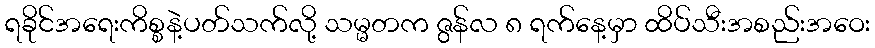
ရခိုင်အရေးကိစ္စနဲ့ပတ်သက်လို့ သမ္မတက ဇွန်လ ၈ ရက်နေ့မှာ ထိပ်သီးအစည်းအဝေး